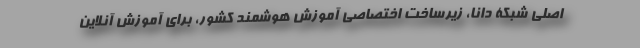
اصلی شبکۀ دانا، زیرساخت اختصاصی آموزش هوشمند کشور، برای آموزش آنلاین